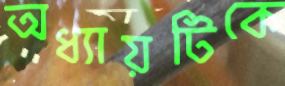
অধ্যায়টিকে